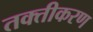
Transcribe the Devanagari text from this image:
तक्तीकरण